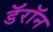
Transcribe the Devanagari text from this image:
डॅरॉन